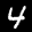
Label: 4